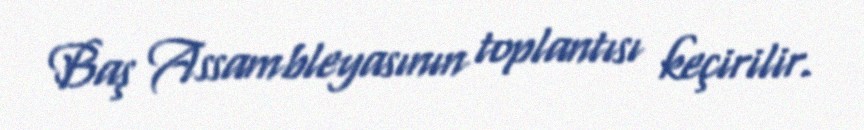
Baş Assambleyasının toplantısı keçirilir.